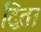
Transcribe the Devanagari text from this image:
द्विता